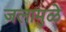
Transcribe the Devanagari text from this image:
जलामुळे